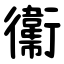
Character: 䘙